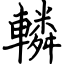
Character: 轔